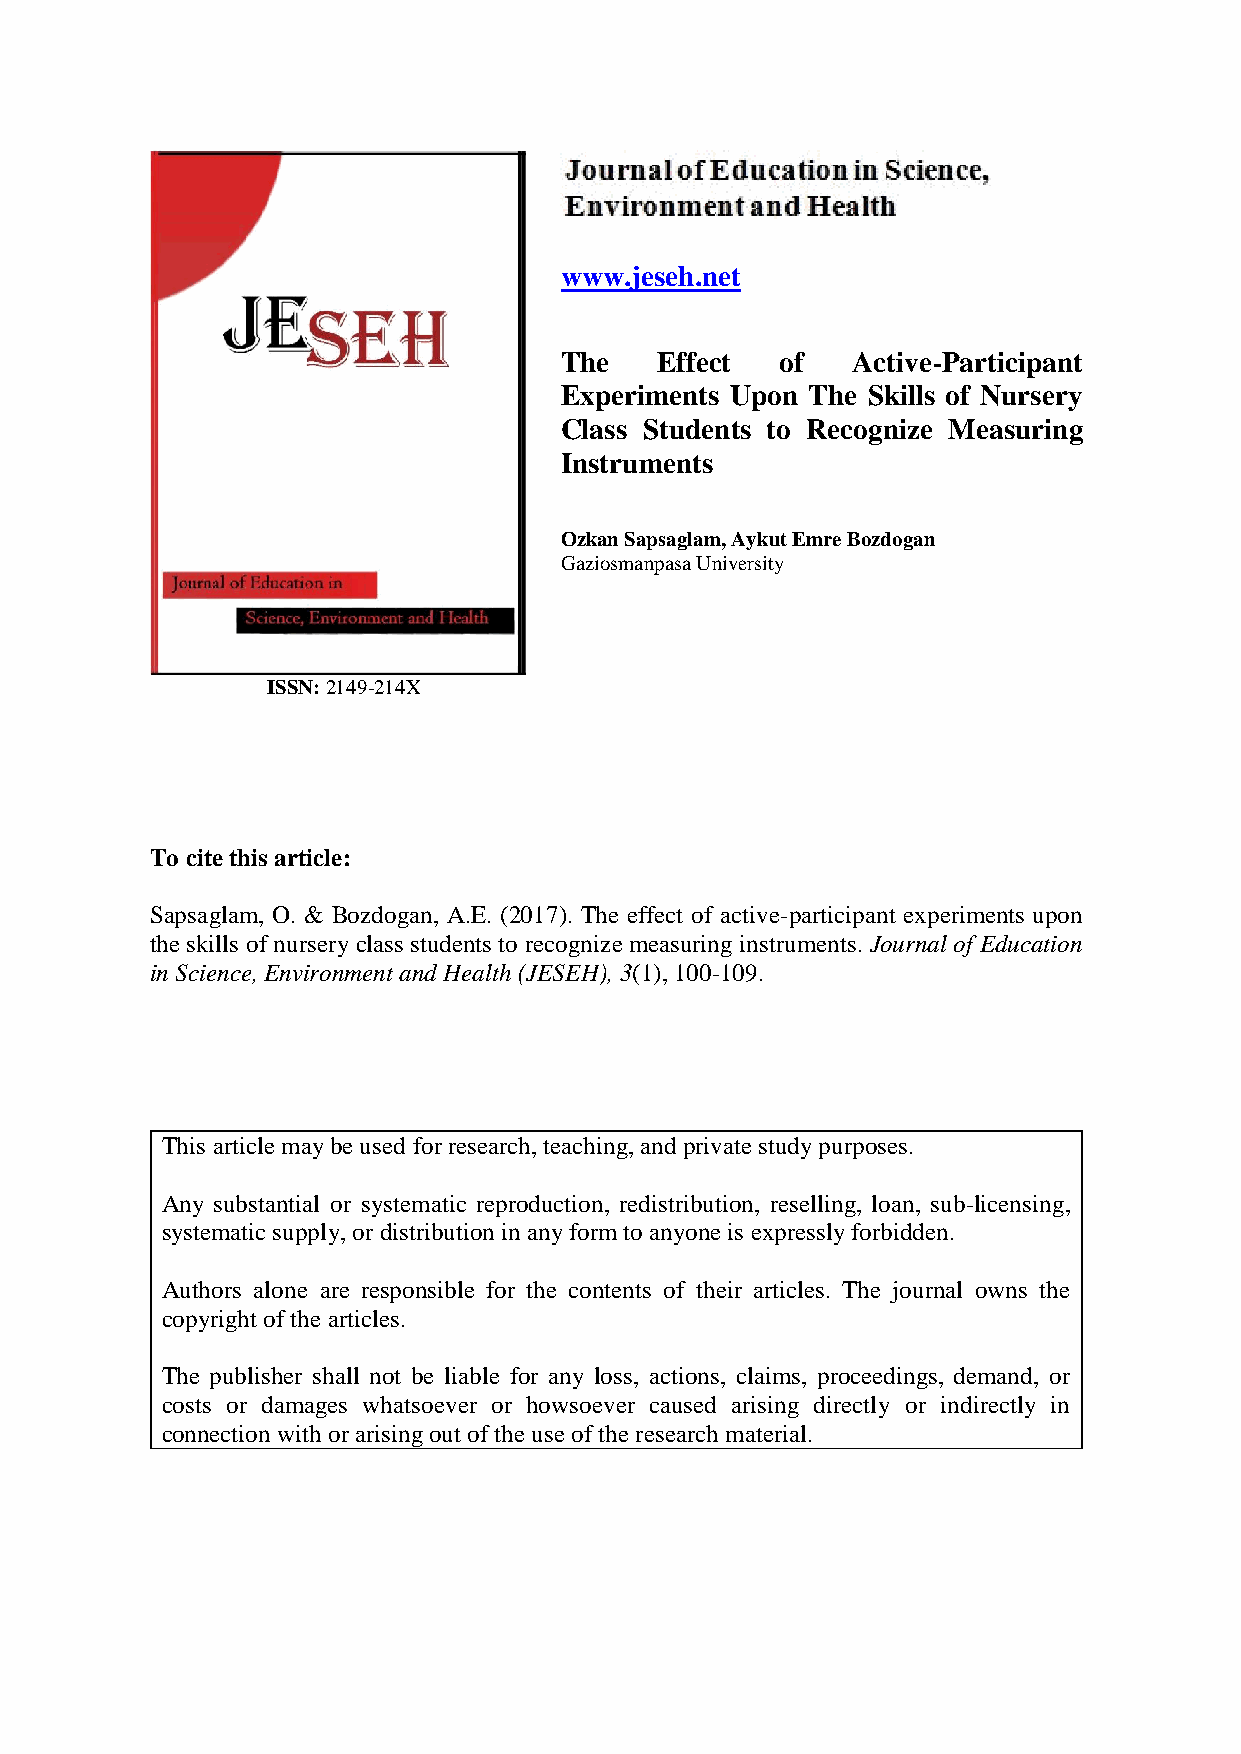
www.jeseh.net
 The    Effect  of  Active-Participant
 Experiments Upon The Skills of Nursery
 Class Students to Recognize Measuring
 Instruments
 Ozkan Sapsaglam, Aykut Emre Bozdogan
 Gaziosmanpasa University
 ISSN: 2149-214X
 To cite this article:
 Sapsaglam, O. & Bozdogan, A.E. (2017). The effect of active-participant experiments upon
 the skills of nursery class students to recognize measuring instruments. Journal of Education
 in Science, Environment and Health (JESEH), 3(1), 100-109.
 This article may be used for research, teaching, and private study purposes.
 Any substantial or systematic reproduction, redistribution, reselling, loan, sub-licensing,
 systematic supply, or distribution in any form to anyone is expressly forbidden.
 Authors alone are responsible for the contents of their articles. The journal owns the
 copyright of the articles.
 The publisher shall not be liable for any loss, actions, claims, proceedings, demand, or
 costs or damages whatsoever or howsoever caused arising directly or indirectly in
 connection with or arising out of the use of the research material.